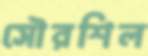
সৌরশিল